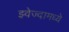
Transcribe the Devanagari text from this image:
झ्वेज्दामध्ये